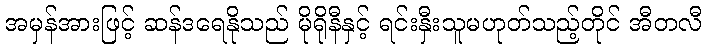
အမှန်အားဖြင့် ဆန်ဒရေနိုသည် မိုရိုနီနှင့် ရင်းနှီးသူမဟုတ်သည့်တိုင် အီတလီ